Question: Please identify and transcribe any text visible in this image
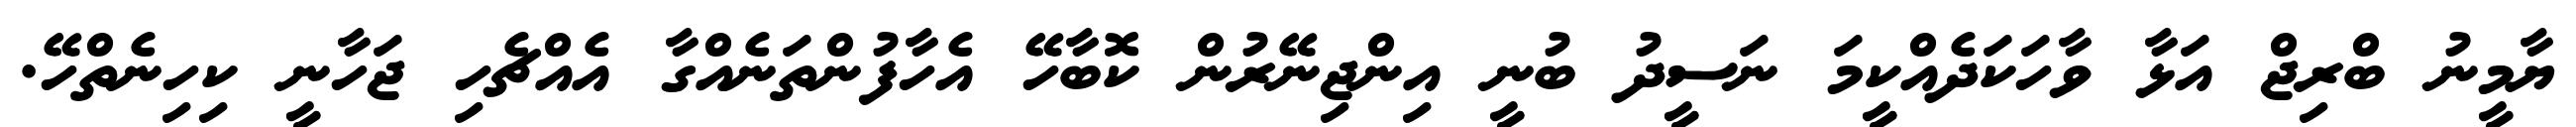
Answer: ޔާމީނު ބްރިޖް އަޅާ ވާހަކަދެއްކީމަ ނަސީދު ބުނީ އިންޖިނޭރުން ކޮބާހޭ އެހާފުންތަނެއްގާ އެއްޗެހި ޖަހާނީ ކިހިނެތްހޭ.